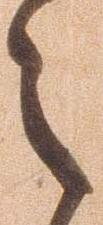
々